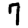
Digit: 7